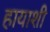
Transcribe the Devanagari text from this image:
हायाशी